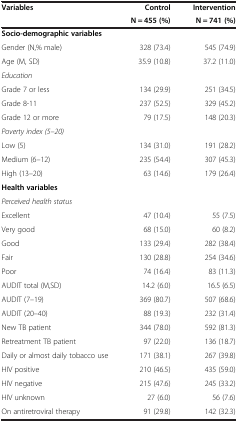
| Variables | Control | Intervention |
 |  | N = 455 (%) | N = 741 (%) |
 | --- | --- | --- |
 | Socio-demographic variables |  |  |
 | Gender (N,% male) | 328 (73.4) | 545 (74.9) |
 | Age (M, SD) | 35.9 (10.8) | 37.2 (11.0) |
 | Education |  |  |
 | Grade 7 or less | 134 (29.9) | 251 (34.5) |
 | Grade 8-11 | 237 (52.5) | 329 (45.2) |
 | Grade 12 or more | 79 (17.5) | 148 (20.3) |
 | Poverty index (5–20) |  |  |
 | Low (5) | 134 (31.0) | 191 (28.2) |
 | Medium (6–12) | 235 (54.4) | 307 (45.3) |
 | High (13–20) | 63 (14.6) | 179 (26.4) |
 | Health variables |  |  |
 | Perceived health status |  |  |
 | Excellent | 47 (10.4) | 55 (7.5) |
 | Very good | 68 (15.0) | 60 (8.2) |
 | Good | 133 (29.4) | 282 (38.4) |
 | Fair | 130 (28.8) | 254 (34.6) |
 | Poor | 74 (16.4) | 83 (11.3) |
 | AUDIT total (M,SD) | 14.2 (6.0) | 16.5 (6.5) |
 | AUDIT (7–19) | 369 (80.7) | 507 (68.6) |
 | AUDIT (20–40) | 88 (19.3) | 232 (31.4) |
 | New TB patient | 344 (78.0) | 592 (81.3) |
 | Retreatment TB patient | 97 (22.0) | 136 (18.7) |
 | Daily or almost daily tobacco use | 171 (38.1) | 267 (39.8) |
 | HIV positive | 210 (46.5) | 435 (59.0) |
 | HIV negative | 215 (47.6) | 245 (33.2) |
 | HIV unknown | 27 (6.0) | 56 (7.6) |
 | On antiretroviral therapy | 91 (29.8) | 142 (32.3) |